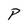
Character: P